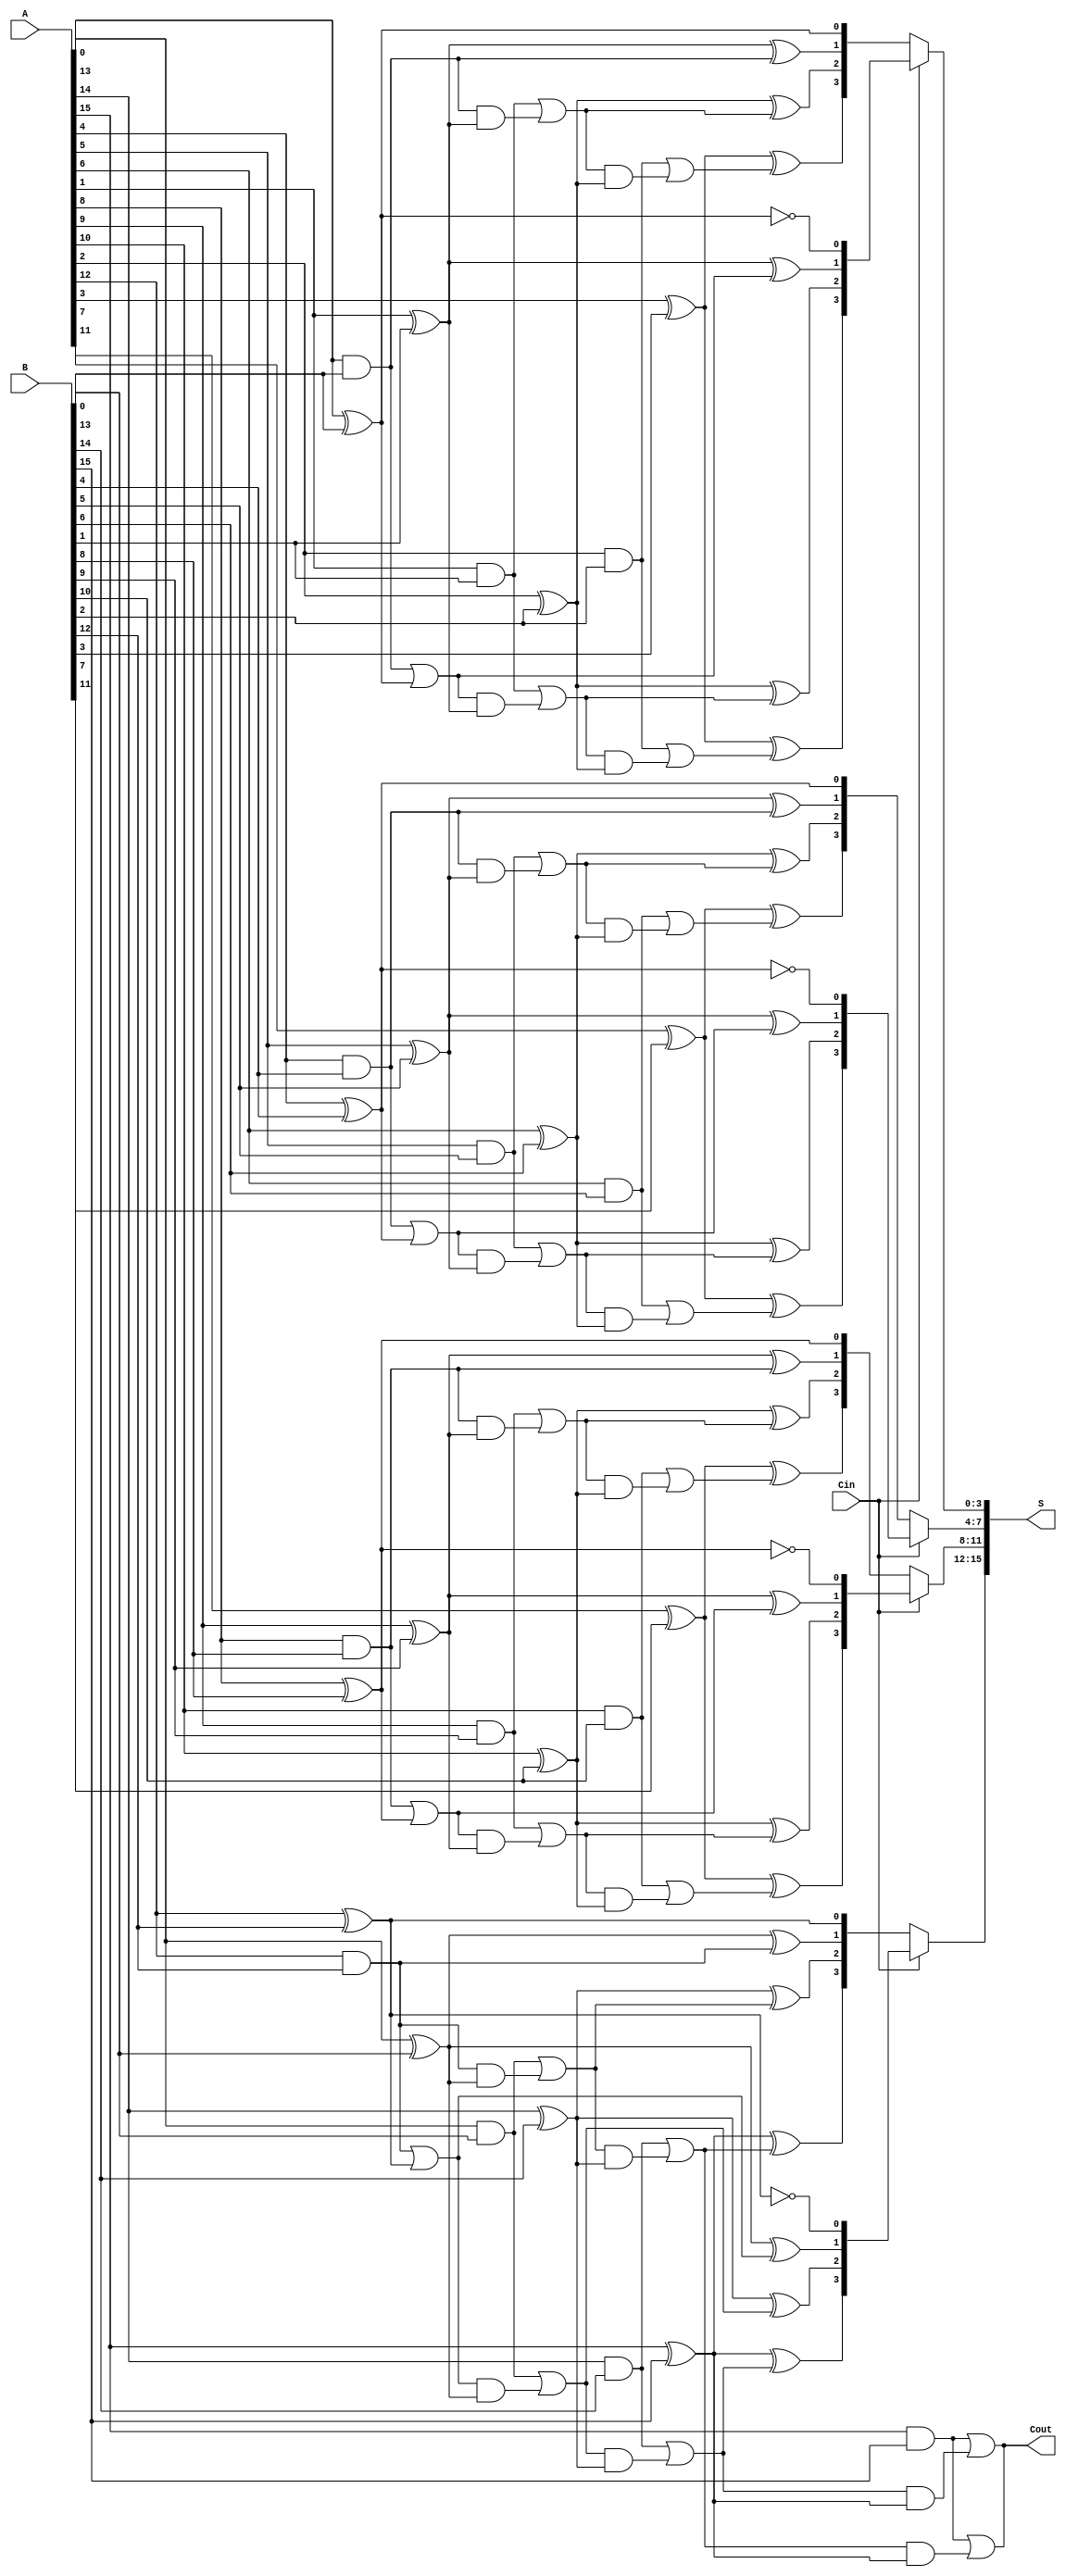
module static_carry_select_adder #(
    parameter N = 16, // Total number of bits
    parameter M = 4   // Bits per block
) (
    input  [N-1:0] A,   // First n-bit input
    input  [N-1:0] B,   // Second n-bit input
    input          Cin,  // Carry-in
    output [N-1:0] S,    // n-bit sum output
    output         Cout   // Carry-out
);

    // Number of blocks
    localparam NUM_BLOCKS = N / M;
    
    // Intermediate signals
    wire [M:0] C;  // Carry outputs for each block
    wire [M-1:0] S0 [NUM_BLOCKS-1:0]; // Sums assuming Cin=0
    wire [M-1:0] S1 [NUM_BLOCKS-1:0]; // Sums assuming Cin=1
    
    // Full adder logic for each block
    genvar i, j;
    generate
        for (i = 0; i < NUM_BLOCKS; i = i + 1) begin : block
            // Input slice for the current block
            wire [M-1:0] A_block = A[M*i +: M];
            wire [M-1:0] B_block = B[M*i +: M];

            // Compute sum and carry for Cin = 0
            wire [M:0] C0; // Carry out for Cin=0
            assign C0[0] = 1'b0; // Initial carry-in is 0
            
            for (j = 0; j < M; j = j + 1) begin : fa0
                assign S0[i][j] = A_block[j] ^ B_block[j] ^ C0[j];
                assign C0[j+1] = (A_block[j] & B_block[j]) | (C0[j] & (A_block[j] ^ B_block[j]));
            end
            assign C[i] = C0[M];
            
            // Compute sum and carry for Cin = 1
            wire [M:0] C1; // Carry out for Cin=1
            assign C1[0] = 1'b1; // Initial carry-in is 1
            
            for (j = 0; j < M; j = j + 1) begin : fa1
                assign S1[i][j] = A_block[j] ^ B_block[j] ^ C1[j];
                assign C1[j+1] = (A_block[j] & B_block[j]) | (C1[j] & (A_block[j] ^ B_block[j]));
            end
            assign C[i] = C1[M];
        end
    endgenerate
    
    // MUX to select the correct sum based on Cin
    generate
        for (i = 0; i < NUM_BLOCKS; i = i + 1) begin : mux
            assign S[M*i +: M] = (Cin) ? S1[i] : S0[i];
        end
    endgenerate

    // Final carry-out
    assign Cout = C[NUM_BLOCKS - 1];

endmodule